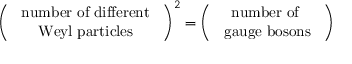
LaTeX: \left( \begin{array} { c } { { \mathrm { { \small ~ n u m b e r ~ o f ~ d i f f e r e n t } ~ } } } \\ { { \mathrm { { \small ~ W e y l ~ p a r t i c l e s } ~ } } } \end{array} \right) ^ { 2 } = \left( \begin{array} { c } { { \mathrm { { \small ~ n u m b e r ~ o f ~ } ~ } } } \\ { { \mathrm { { \small ~ g a u g e ~ b o s o n s } ~ } } } \end{array} \right)